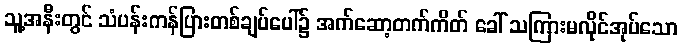
သူ့အနီးတွင် သံပန်းကန်ပြားတစ်ချပ်ပေါ်၌ အက်ဆော့တက်ကိတ် ခေါ် သကြားမလိုင်အုပ်သော